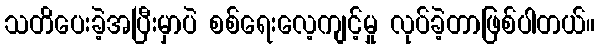
သတိပေးခဲ့အပြီးမှာပဲ စစ်ရေးလေ့ကျင့်မှု လုပ်ခဲ့တာဖြစ်ပါတယ်။